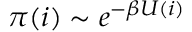
\pi ( i ) \sim e ^ { - \beta U ( i ) }